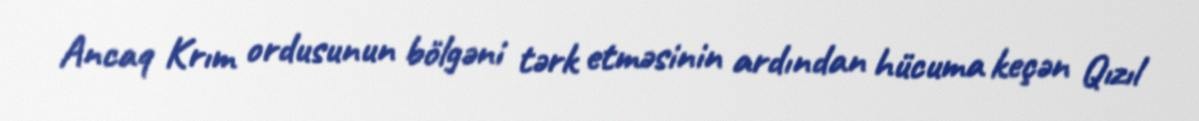
Ancaq Krım ordusunun bölgəni tərk etməsinin ardından hücuma keçən Qızıl